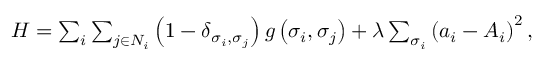
\begin{array} { r } { H = \sum _ { i } \sum _ { j \in N _ { i } } \left( 1 - \delta _ { \sigma _ { i } , \sigma _ { j } } \right) g \left( \sigma _ { i } , \sigma _ { j } \right) + \lambda \sum _ { \sigma _ { i } } \left( a _ { i } - A _ { i } \right) ^ { 2 } , } \end{array}